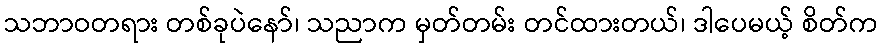
သဘာဝတရား တစ်ခုပဲနော်၊ သညာက မှတ်တမ်း တင်ထားတယ်၊ ဒါပေမယ့် စိတ်က